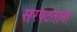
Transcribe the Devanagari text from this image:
सरपटताना